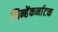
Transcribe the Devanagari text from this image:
जिन्हेंकर्नाटक